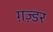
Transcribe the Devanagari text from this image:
ग़ज़्डर